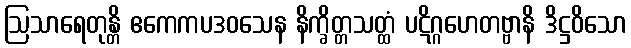
ဩသာရေတုန္တိ ဧကေကပဒဝသေန နိက္ခိတ္တသတ္ထံ ပဋိဂ္ဂဟေတဗ္ဗာနိ ဒိဋ္ဌဝိသော